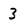
Character: 3